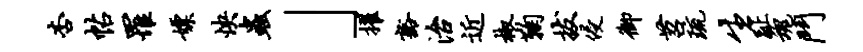
杏帖罹嫖怏虫」擢豁治近椒鞠拔侵御苕琉生趾魂斗